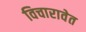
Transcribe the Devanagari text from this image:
विचारावेत